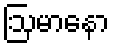
ဩမာနော